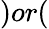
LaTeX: )or(